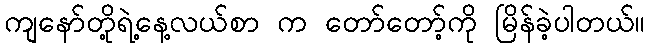
ကျနော်တို့ရဲ့နေ့လယ်စာ က တော်တော့်ကို မြိန်ခဲ့ပါတယ်။